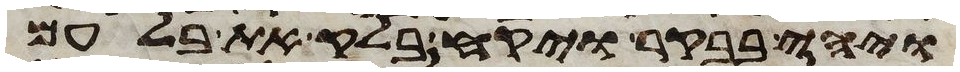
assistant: ויהי בבקר ויקח בלק את בלעם